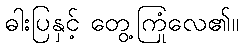
ဓါးပြနှင့် တွေ့ကြုံလေ၏။